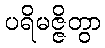
ပရိမဇ္ဇိတွာ